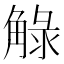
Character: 觮